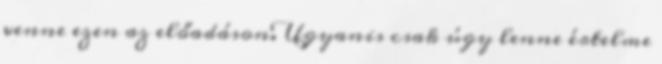
venne ezen az előadáson. Ugyanis csak úgy lenne értelme